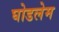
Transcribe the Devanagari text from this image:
घोडलेम